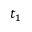
t _ { 1 }